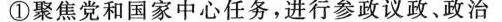
①聚焦党和国家中心任务，进行参政议政、政治